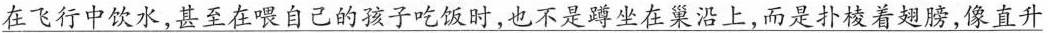
在飞行中饮水，甚至在喂自己的孩子吃饭时，也不是蹲坐在巢沿上，而是扑棱着翅膀，像直升